Theory and practice of anti-rabic immunisation - Number 30
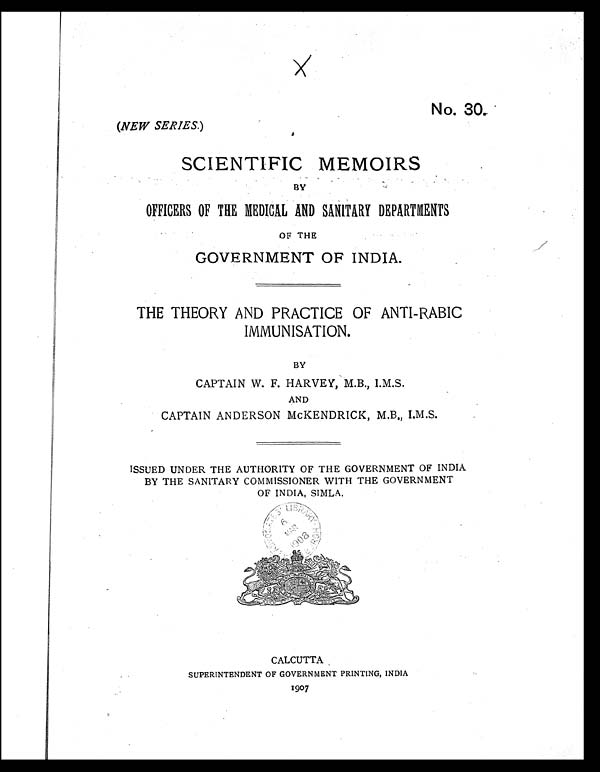
No. 30.
(NEW SERIES. )
SCIENTIFIC MEMOIRS
BY
OFFICERS OF THE MEDICAL AND SANITARY DEPARTMENTS
OF THE
GOVERNMENT OF INDIA.
THE THEORY AND PRACTICE OF ANTI-RABIC
IMMUNISATION.
BY
CAPTAIN W. F. HARVEY, M.B., I.M.S.
AND
CAPTAIN ANDERSON MCKENDRICK, M.B., I.M.S.
ISSUED UNDER THE AUTHORITY OF THE GOVERNMENT OF INDIA
BY THE SANITARY COMMISSIONER WITH THE GOVERNMENT
OF INDIA, SIMLA.
CALCUTTA
SUPERINTENDENT OF GOVERNMENT PRINTING, INDIA
1907